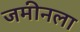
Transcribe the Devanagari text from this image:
जमीनला